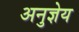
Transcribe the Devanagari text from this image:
अनुज्ञेय